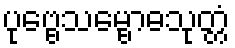
ပုဗ္ဗေသမ္ဗောဓသုတ္တံ